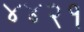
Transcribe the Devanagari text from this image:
४४२१